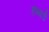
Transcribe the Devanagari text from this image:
हब्बर्ड